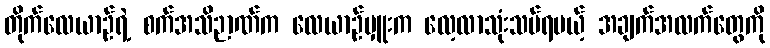
တိုက်လေယာဉ်ရဲ့ စက်အသိဉာဏ်က လေယာဉ်မှူးက လေ့လာသုံးသပ်ရမယ့် အချက်အလက်တွေကို